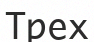
Трех